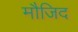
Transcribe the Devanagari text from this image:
मौजिद